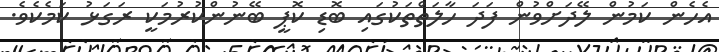
އެހެން ކަމުން ލޭދަށްވުން ފަދަ ހާލަތްތަކުގައި ބޮޑި ކޮޕީ ބޭނުންކުރުމަކީ ރަގަޅު ކަމެކެވެ.